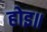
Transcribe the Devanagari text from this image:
होइ॥